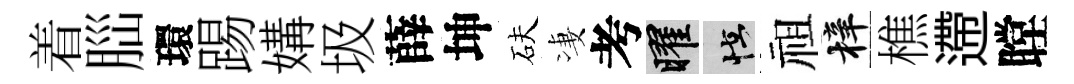
着𦛁環踢媾圾薛坤砆凄考曜怪祖梓樵遰瞠